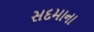
સદમાના